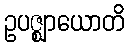
ဥပဇ္ဈာယောတိ